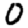
Digit: 0